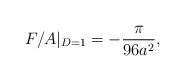
\begin{align*}F/A|_{D=1} =-{\pi\over 96 a^2},\end{align*}